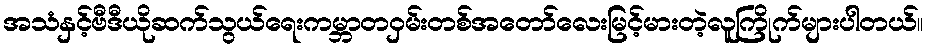
အသံနှင့်ဗီဒီယိုဆက်သွယ်ရေးကမ္ဘာတဝှမ်းတစ်အတော်လေးမြင့်မားတဲ့လူကြိုက်များပါတယ်။